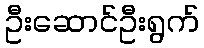
ဦးဆောင်ဦးရွက်